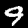
Digit: 9